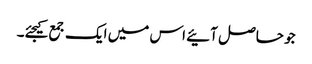
جو حاصل آئیے اس میں ایک جمع کیجئے۔